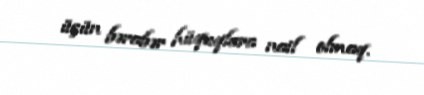
üçün bərabər hüquqlara nail olmaq.